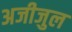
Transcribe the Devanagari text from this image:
अजीजुल